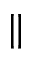
\|